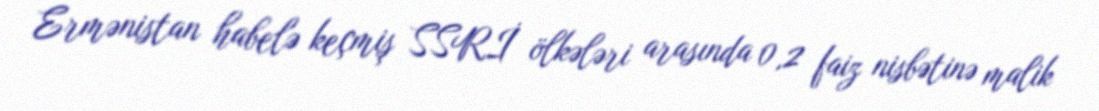
Ermənistan habelə keçmiş SSRİ ölkələri arasında 0,2 faiz nisbətinə malik